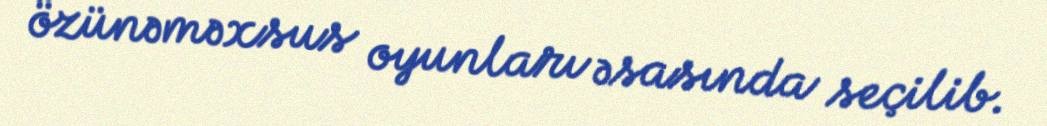
özünəməxsus oyunları əsasında seçilib.